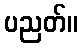
ပညတ်။